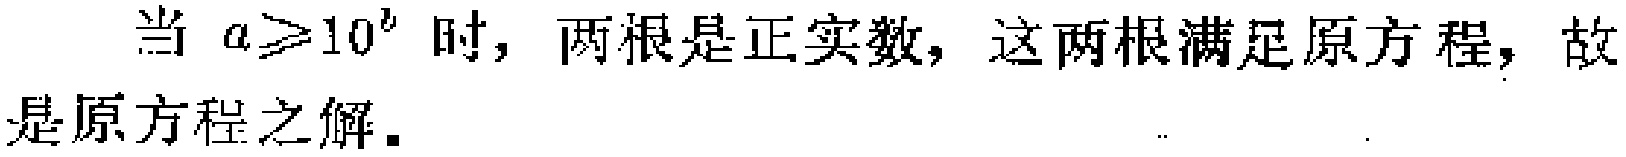
当 \(a\geqslant 10^{b}\) 时，两根是正实数，这两根满足原方程，故是原方程之解.